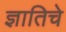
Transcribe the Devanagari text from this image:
ज्ञातिचे